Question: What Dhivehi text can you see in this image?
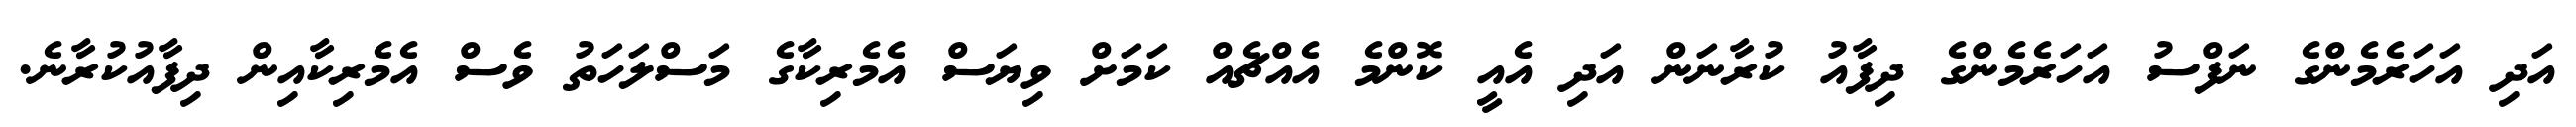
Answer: އަދި އަހަރެމެންގެ ނަފްސު އަހަރެމެންގެ ދިފާއު ކުރާނަން އަދި އެއީ ކޮންމެ އެއްޗެއް ކަމަށް ވިޔަސް އެމެރިކާގެ މަސްލަހަތު ވެސް އެމެރިކާއިން ދިފާއުކުރާނެ.